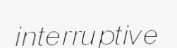
interruptive